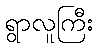
ရွာလူကြီး